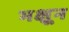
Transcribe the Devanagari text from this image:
भक्षून